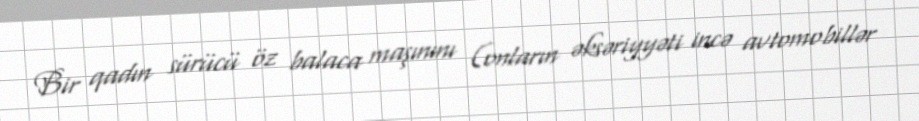
Bir qadın sürücü öz balaca maşınını (onların əksəriyyəti incə avtomobillər